Sketch of the medical history of the native army of Bombay, for the year
Year: 1876
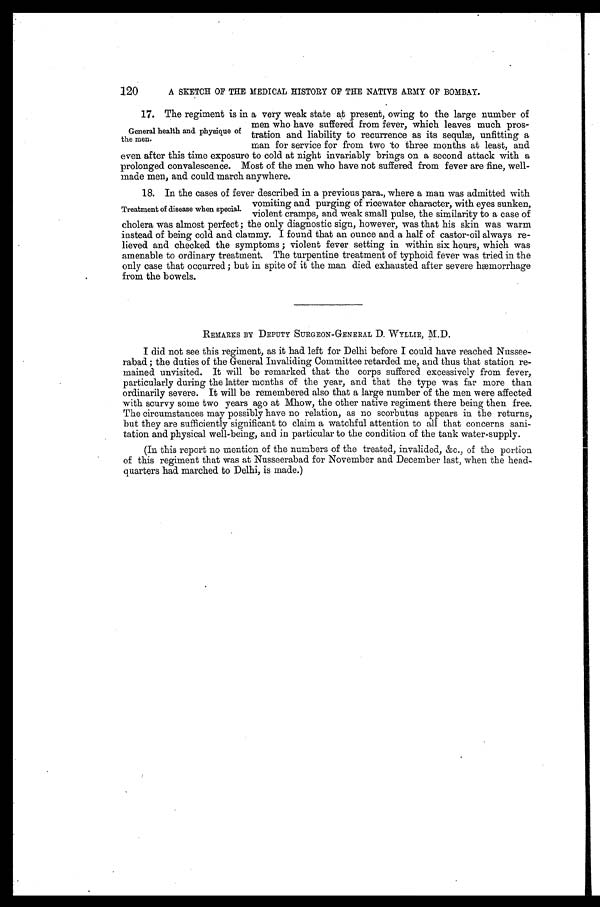
120
A SKETCH OF THE MEDICAL HISTORY OF THE NATIVE ARMY OF BOMBAY
.
17. The regiment is in a very weak state at present, owing to the large number of
men who have suffered from fever, which leaves much pros-
General health and physique of tration and liability to recurrence as its sequlæ, unfitting a
the men.
man for service for from two to three months at least, and
even after this time exposure to cold at night invariably brings on a second attack with a
prolonged convalescence. Most of the men who have not suffered from fever are fine, well-
made men, and could march anywhere.
18. In the cases of fever described in a previous para., where a man was admitted with
vomiting and purging of ricewater character, with eyes sunken,
Treatment of disease when special.
.
violent cramps, and weak small pulse, the similarity to a case of
cholera was almost perfect; the only diagnostic sign, however, was that his skin was warm
instead of being cold and clammy. I found that an ounce and a half of castor-oil always re-
lieved and checked the symptoms ; violent fever setting in within six hours, which was
amenable to ordinary treatment. The turpentine treatment of typhoid fever was tried in the
only case that occurred ; but in spite of it the man died exhausted after severe hæmorrhage
from the bowels.
REMARKS BY DEPUTY SURGEON-GENERAL D. WYLLIE, M.D.
I did not see this regiment, as it had left for Delhi before I could have reached Nussee-
rabad ; the duties of the General Invaliding Committee retarded me, and thus that station re-
mained unvisited. It will be remarked that the corps suffered excessively from fever,
particularly during the latter months of the year, and that the type was far more than
ordinarily severe. It will be remembered also that a large number of the men were affected
with scurvy some two years ago at Mhow, the other native regiment there being then free.
The circumstances may possibly have no relation, as no scorbutus appears in the returns,
but they are sufficiently significant to claim a watchful attention to all that concerns sani-
tation and physical well-being, and in particular to the condition of the tank water-supply.
(In this report no mention of the numbers of the treated, invalided, &c., of the portion
of this regiment that was at Nusseerabad for November and December last, when the head-
quarters had marched to Delhi, is made.)